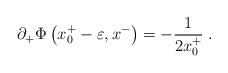
\begin{align*}\partial_+\Phi\left(x^+_0-\varepsilon,x^-\right)=-{1\over{2 x^+_0}}\;.\end{align*}